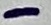
Text: -